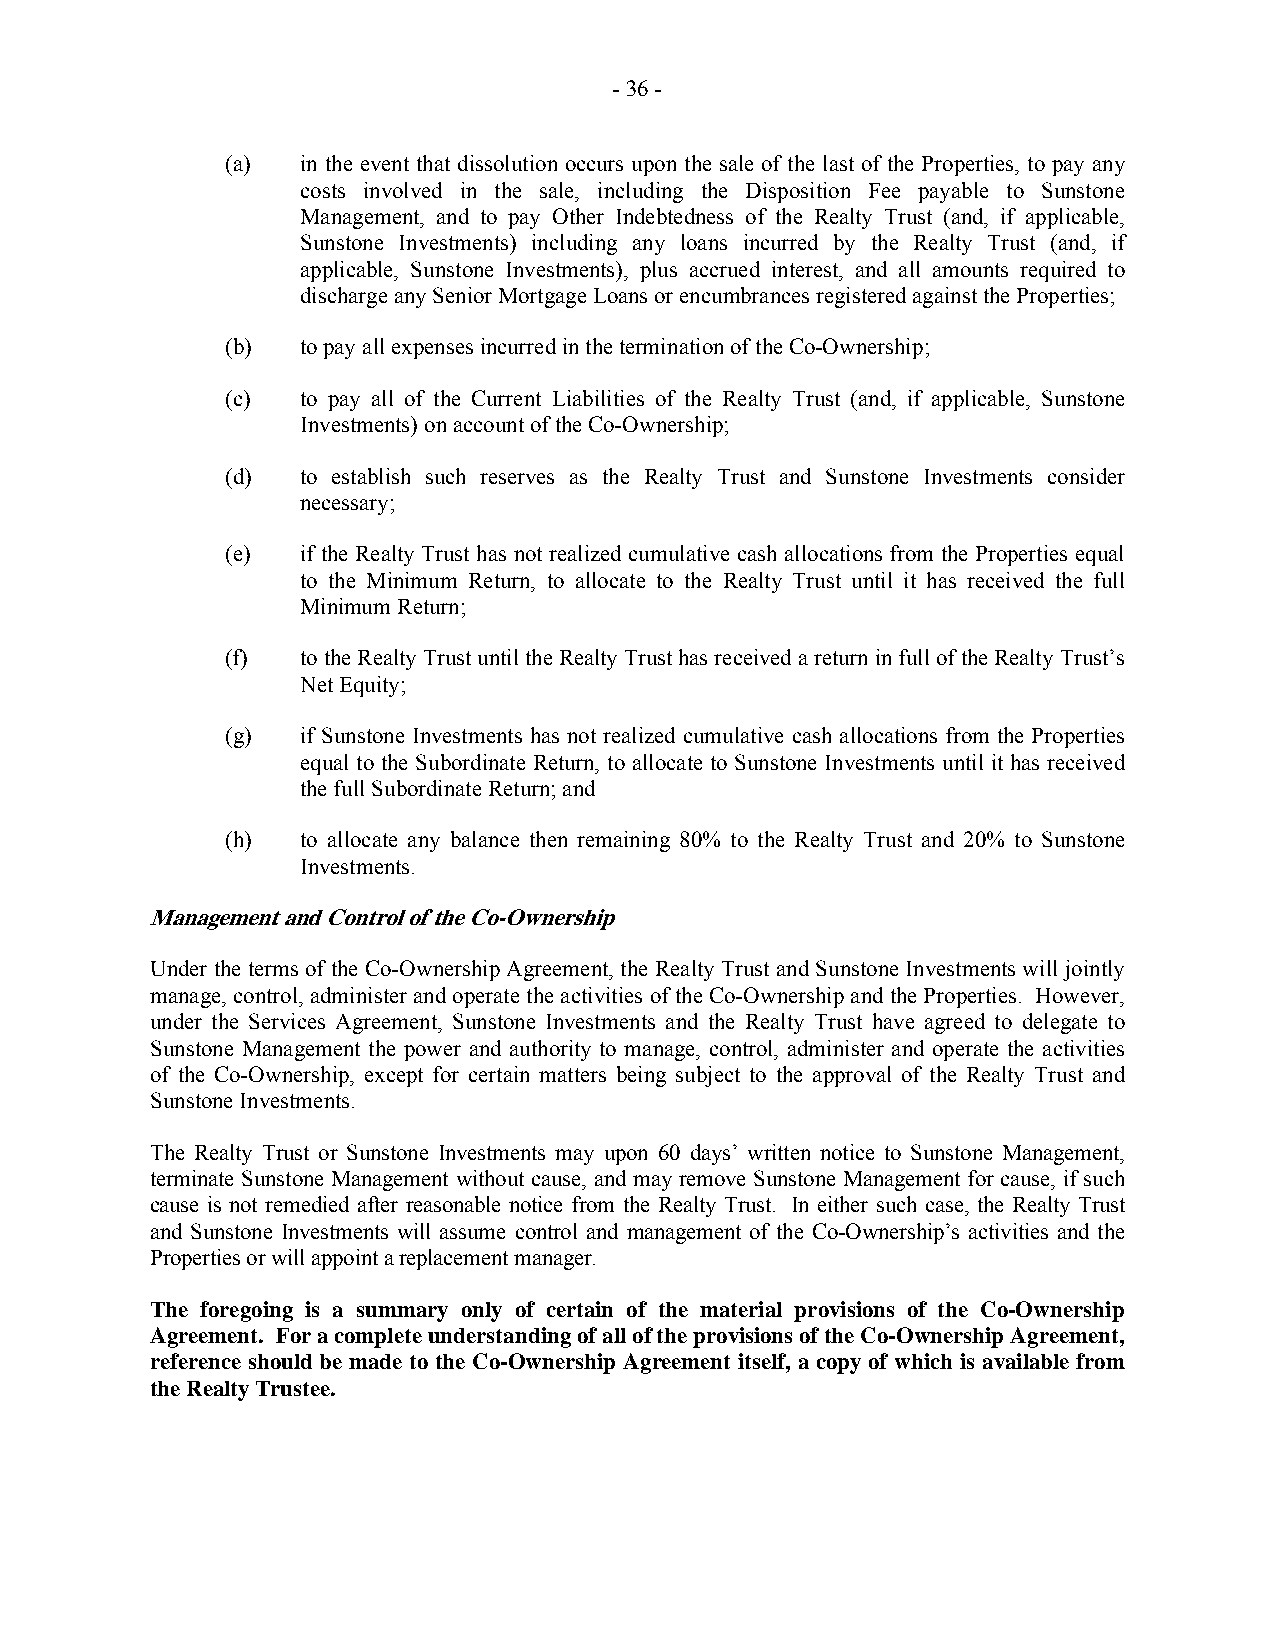
- 36 -
 (a)  in the event that dissolution occurs upon the sale of the last of the Properties, to pay any
 costs involved in the sale, including the Disposition Fee payable to Sunstone
 Management, and to pay Other Indebtedness of the Realty Trust (and, if applicable,
 Sunstone Investments) including any loans incurred by the Realty Trust (and, if
 applicable, Sunstone Investments), plus accrued interest, and all amounts required to
 discharge any Senior Mortgage Loans or encumbrances registered against the Properties;
 (b)  to pay all expenses incurred in the termination of the Co-Ownership;
 (c)  to pay all of the Current Liabilities of the Realty Trust (and, if applicable, Sunstone
 Investments) on account of the Co-Ownership;
 (d)  to establish such reserves as the Realty Trust and Sunstone Investments consider
 necessary;
 (e)  if the Realty Trust has not realized cumulative cash allocations from the Properties equal
 to the Minimum Return, to allocate to the Realty Trust until it has received the full
 Minimum Return;
 (f)  to the Realty Trust until the Realty Trust has received a return in full of the Realty Trust’s
 Net Equity;
 (g)  if Sunstone Investments has not realized cumulative cash allocations from the Properties
 equal to the Subordinate Return, to allocate to Sunstone Investments until it has received
 the full Subordinate Return; and
 (h)  to allocate any balance then remaining 80% to the Realty Trust and 20% to Sunstone
 Investments.
 Management and Control of the Co-Ownership
 Under the terms of the Co-Ownership Agreement, the Realty Trust and Sunstone Investments will jointly
 manage, control, administer and operate the activities of the Co-Ownership and the Properties. However,
 under the Services Agreement, Sunstone Investments and the Realty Trust have agreed to delegate to
 Sunstone Management the power and authority to manage, control, administer and operate the activities
 of the Co-Ownership, except for certain matters being subject to the approval of the Realty Trust and
 Sunstone Investments.
 The Realty Trust or Sunstone Investments may upon 60 days’ written notice to Sunstone Management,
 terminate Sunstone Management without cause, and may remove Sunstone Management for cause, if such
 cause is not remedied after reasonable notice from the Realty Trust. In either such case, the Realty Trust
 and Sunstone Investments will assume control and management of the Co-Ownership’s activities and the
 Properties or will appoint a replacement manager.
 The foregoing is a summary only of certain of the material provisions of the Co-Ownership
 Agreement. For a complete understanding of all of the provisions of the Co-Ownership Agreement,
 reference should be made to the Co-Ownership Agreement itself, a copy of which is available from
 the Realty Trustee.